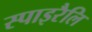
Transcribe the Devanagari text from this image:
स्पाइरैलि